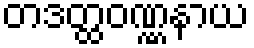
တဒတ္ထဝဏ္ဏနာယ